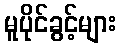
မူပိုင်ခွင့်များ